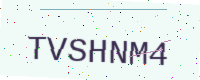
Text: TVSHNM4